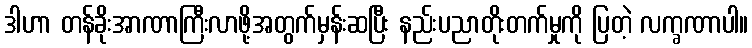
ဒါဟာ တန်ခိုးအာဏာကြီးလာဖို့အတွက်မှန်းဆပြီး နည်းပညာတိုးတက်မှုကို ပြတဲ့ လက္ခဏာပါ။